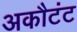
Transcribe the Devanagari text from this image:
अकौटंट